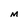
Character: M